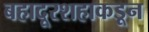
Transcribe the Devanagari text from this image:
बहादूरशहाकडून